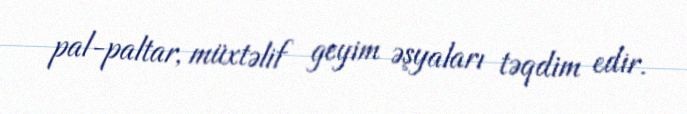
pal-paltar, müxtəlif geyim əşyaları təqdim edir.